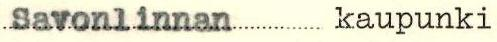
Savonlinnan kaupunki